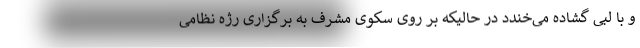
و با لبی گشاده می‌خندد در حالیکه بر روی سکوی مشرف به برگزاری رژه نظامی